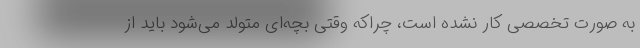
به صورت تخصصی کار نشده است، چراکه وقتی بچه‌ای متولد می‌شود باید از